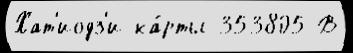
Хат'иодз'и ка́рты 353805 В